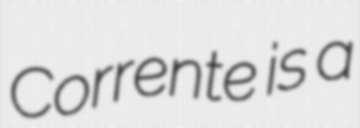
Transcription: Corrente is a